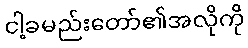
ငါ့ခမည်းတော်၏အလိုကို